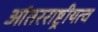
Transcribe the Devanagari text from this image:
आंतरराष्ट्रीयत्व